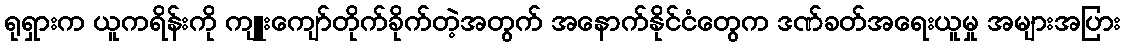
ရုရှားက ယူကရိန်းကို ကျူးကျော်တိုက်ခိုက်တဲ့အတွက် အနောက်နိုင်ငံတွေက ဒဏ်ခတ်အရေးယူမှု အများအပြား